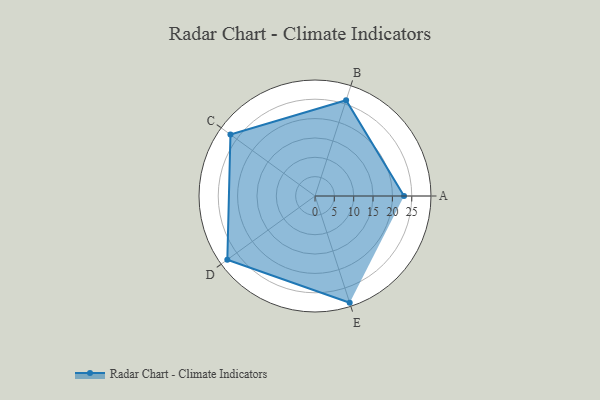
{"axis": {"x": "Skill", "y": "Score"}, "legend": ["Profile"], "data": [{"x": "A", "y": 23.0, "type": "Profile"}, {"x": "B", "y": 26.0, "type": "Profile"}, {"x": "C", "y": 27.0, "type": "Profile"}, {"x": "D", "y": 28.0, "type": "Profile"}, {"x": "E", "y": 29.0, "type": "Profile"}]}